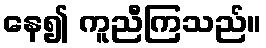
နေ၍ ကူညီကြသည်။